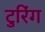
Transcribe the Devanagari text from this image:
टुरिंग